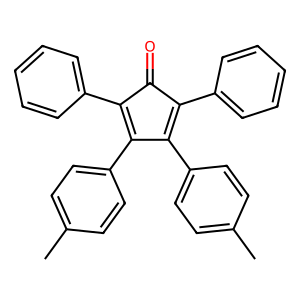
SMILES: Cc1ccc(C2=C(c3ccccc3)C(=O)C(c3ccccc3)=C2c2ccc(C)cc2)cc1
Inhibits HIV replication: No